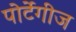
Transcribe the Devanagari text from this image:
पोर्टेगीज